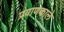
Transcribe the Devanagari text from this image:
प्रयाणकाले